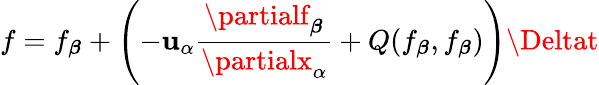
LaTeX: f=f_{\boldsymbol{\beta}}+\left(-\mathbf{u}_{\alpha}\frac{{\partialf_{\boldsymbol{\beta}}}}{{\partialx_{\alpha}}}+Q(f_{\boldsymbol{\beta}},f_{\boldsymbol{\beta}})\right)\Deltat